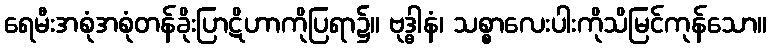
ရေမီးအစုံအစုံတန်ခိုးပြာဋိဟာကိုပြရာ၌။ ဗုဒ္ဓါနံ၊ သစ္စာလေးပါးကိုသိမြင်ကုန်သော။